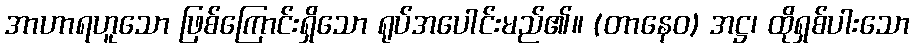
အာဟာရဟူသော ဖြစ်ကြောင်းရှိသော ရုပ်အပေါင်းမည်၏။ (တာနေဝ) အဋ္ဌ၊ ထိုရှစ်ပါးသော